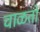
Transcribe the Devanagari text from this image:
चाळतो